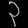
Digit: ၃